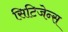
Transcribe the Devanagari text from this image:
सिटिजेन्स